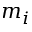
m _ { i }